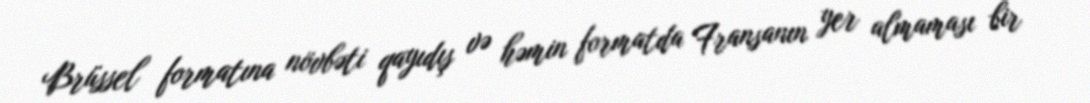
Brüssel formatına növbəti qayıdış və həmin formatda Fransanın yer almaması bir